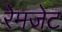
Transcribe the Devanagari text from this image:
रेमजेट